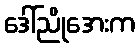
ဒေါ်ညိုအေးက